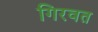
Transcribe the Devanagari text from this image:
गिरवत